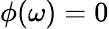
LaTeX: \phi(\omega)=0